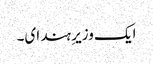
ایک وزیرِ ہند ای۔